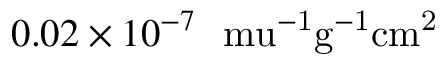
0 . 0 2 \times 1 0 ^ { - 7 } ~ \mathrm { \ m u ^ { - 1 } g ^ { - 1 } c m ^ { 2 } }